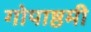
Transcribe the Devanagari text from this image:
गोपाष्ठमी